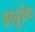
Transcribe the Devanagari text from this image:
अनुरोप